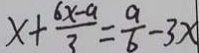
x + \frac { 6 x - a } { 3 } = \frac { a } { b } - 3 x